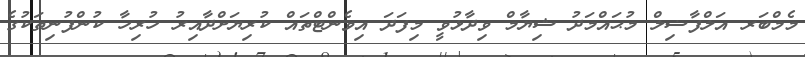
މެމްބަރ އަލްފާޟިލް މުޙައްމަދު ޝިޔާމް ވިދާޅުވީ މިފަދަ އިވެންޓްތައް ކުރިޔަށްދާއިރު ހުރިހާ ކުންފުނިތަކުގެ